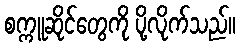
စက္ကူဆိုင်တွေကို ပို့လိုက်သည်။